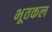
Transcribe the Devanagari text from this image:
भूतकल